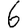
Digit: 6